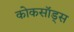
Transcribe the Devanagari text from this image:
कोकसॉड्स